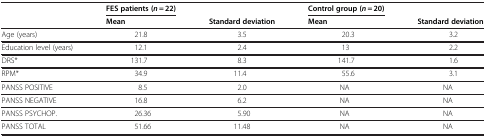
<table><thead><tr><td><b> </b></td><td><b>FES patients (<i>n</i> = 22)</b></td><td><b> </b></td><td><b>Control group (<i>n</i> = 20)</b></td><td><b> </b></td></tr><tr><td><b> </b></td><td><b>Mean</b></td><td><b>Standard deviation</b></td><td><b>Mean</b></td><td><b>Standard deviation</b></td></tr></thead><tbody><tr><td>Age (years)</td><td>21.8</td><td>3.5</td><td>20.3</td><td>3.2</td></tr><tr><td>Education level (years)</td><td>12.1</td><td>2.4</td><td>13</td><td>2.2</td></tr><tr><td>DRS*</td><td>131.7</td><td>8.3</td><td>141.7</td><td>1.6</td></tr><tr><td>RPM*</td><td>34.9</td><td>11.4</td><td>55.6</td><td>3.1</td></tr><tr><td>PANSS POSITIVE</td><td>8.5</td><td>2.0</td><td>NA</td><td>NA</td></tr><tr><td>PANSS NEGATIVE</td><td>16.8</td><td>6.2</td><td>NA</td><td>NA</td></tr><tr><td>PANSS PSYCHOP.</td><td>26.36</td><td>5.90</td><td>NA</td><td>NA</td></tr><tr><td>PANSS TOTAL</td><td>51.66</td><td>11.48</td><td>NA</td><td>NA</td></tr></tbody></table>